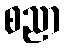
စညာ